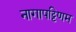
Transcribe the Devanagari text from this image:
नागापट्टिणम